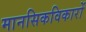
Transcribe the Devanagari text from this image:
मानसिकविकारों